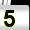
Digit: 5